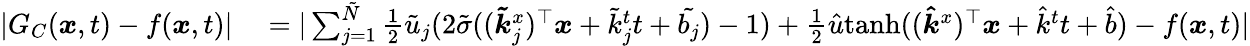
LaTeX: \begin{array}{rl}{|G_{C}(\boldsymbol{x},t)-f(\boldsymbol{x},t)|}&{{}=|\sum_{j=1}^{\tilde{N}}\frac{1}{2}\tilde{u}_{j}(2\tilde{\sigma}((\boldsymbol{\tilde{k}}_{j}^{x})^{\top}\boldsymbol{x}+\tilde{k}_{j}^{t}t+\tilde{b_{j}})-1)+\frac{1}{2}\hat{u}\mathrm{tanh}((\boldsymbol{\hat{k}}^{x})^{\top}\boldsymbol{x}+\hat{k}^{t}t+\hat{b})-f(\boldsymbol{x},t)|}\end{array}